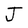
Character: J